King Institute of Preventive Medicine Bacteriolog. Section reports 1907-08
Year: 1907
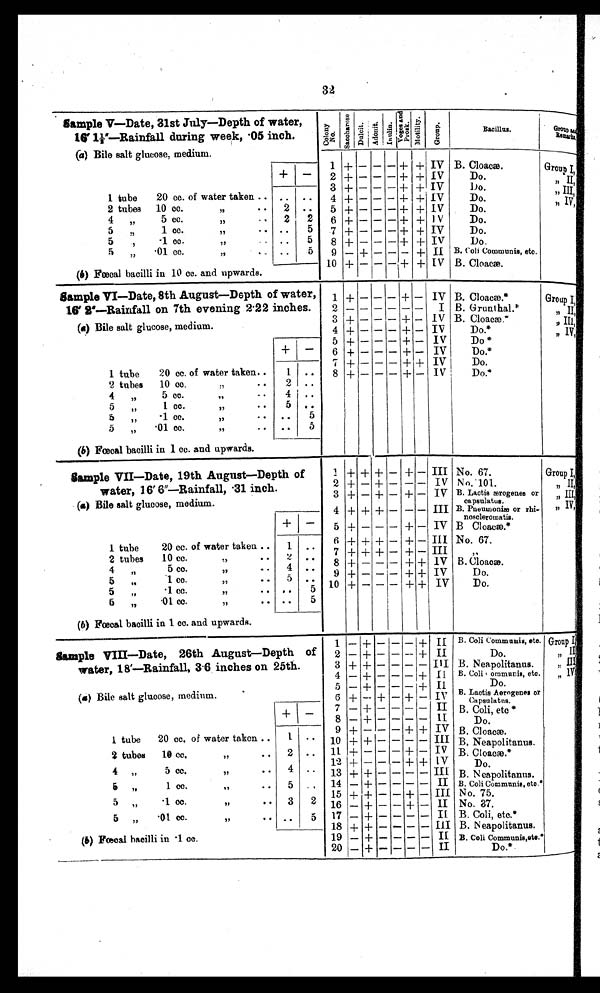
Sample V--Date, 31st July—Depth of water,
16′ 1 ½″—Rainfall during week, •05 inch.
(a) Bile salt glucose, medium.
C o l o n y
N o .
S a c c h a r o s e
Dulcit.
A d o o n t
I n u l i n .
P & V
M o t i l i t y
Bacillus.
Group
R e m a r k s
1
2
-1-
+
—
—
— —
— —+
+ +
+
IV
IV
B. Cloacæ.
Do.
Group I,
1 tube
20 cc. of water taken ..
2 tubes
10 cc.
,,
• •
3
4
5
+
+
+
—
—
—
— —
— —
—
+
-I--
+
+
+
+
IV
IV
IV
D o .
Do.
Do.,,
II,
,,I I I ,
, ,
IV,
..
2
..
. .
4
„
5 cc.
,,
-•
2
2
6 -1- — — —+ + IV
Do.
5
,,
1 cc.
, ,
• •
. .
5
.7 + — — — + + IV
Do.
5
,
1 cc.
,,
• •
5
8 + — — —+ + IV
Do.
5
„
• 01 cc.
,,
• -
. .
5
9 — + — — — + II B. Coli Communis, etc.
10 + — — — + -1- IV B. Cloaca.
(b) Fœcal bacilli in 10 cc. and upwards.
Sample VI—Date, 8th August—Depth of water,
16' 2—Rainfall on 7th evening 2 .22 inches.
1
2
+ — - _ + — IV
I
B. Cloacæ
B. Grunthal.*
Group I ,
II
3 + — — — + — IV B. Cloaca
,, III
() Bile salt glucose, medium.
4 + — — — -1- — Iv
Do. *
IV,
5 +--- +— IV
Do*
, ,
+ —
6 +-----1- -- IV
Do.*
7 +--- ++ IV
Do.
1 tube
20 cc. of water taken..
1 ..
8 + — — — + — IV
Do.*
2 tubes
10 cc.
:1
• •
2 . .
4
„
5 cc.
,,
• •
4 ..
5
, 1
1 cc.
,,
—
5 ..
5
„
.1 cc.
,,
.. • •
5
5
„
.01 cc.
,, • . ..
5
(b) Fœcal bacilli in 1 cc. and upwards.
S ample VII—Date, 19th August—Depth of
1 + + + — + — III No. 67.
Group I,
water, 16
′ 6 ″
— R a i n f a l l ,
3 1 i n c h .
(a) Bile salt glucose, medium.
2
3
4
+
+
+
—
—
+
+ —
+ —
-1- —
— —
+ —
— —
IV
IV
III
No.101.
B. Lactis æærogenes or
capsulatus.
B. Pneumonia or rhi•
noscleromatis. , ,
II,
III ,,,
,, IV,
5 + — — — -1- — IV B Cloacæ.*
1 tube
20 cc. of water taken ..
1 ..
6 + + + — + — III No. 67.
2tubes
10 cc.
,,
,,
4
5 cc.
,,
..
/
:.?
4
5
..
..
7
8
9
+
+
+
+
—
—
+ —
— —
— —
+ —
+ +
+ +
III
IV
IV
,,
B. Cloaca).
Do.
5
..
1 cc.
,,
.
5
• 1 cc.
,,
..
.
5 10 + — — — + + IV
Do.
6
„
.01 cc.
,,
• •
..
5
(b) Fœcal bacilli in 1 cc. and upwards.
1 — + — — — + II B. Coll Communia, etc. Group I,
ample VIII—Date, 26th August—Depth of 2 — + — — -- + II
Do.
, ,
lr
water, 18 ′—Rainfall, 3.6 inches on 25th.
3
4
+
—
+
+
— —
— —
— —
— +
DI
11
B. Neapolitanus.
B. Coli • ommunis, eta.
„ II
, ,
IV
5
--
+ II
Do.
(a) Bile salt glucose, medium.
6
7
+
—
__
+
+ —
— —
+ _
— —
i v
II
B. Lactis Aerogences or
B. Coli, etc.*
+ —
8 — + — — — — II
Do.
9 + — — — + + IV B.
1 tube
20 cc. of water taken ,,
1
. .
10 + + — — — — III B. Neapolitanus.
2 tubes
19 cc.
..
2 ..
11 + — — — + — IV B. Cloa
Cloaca).
ca).*
4
12 + —
- + + IV
Do.
4 ,,
5 cc.
,, . ..
.. 13 + + — — — — III B. N eapolitanus.
5 ,,
1 cc.
,,
..
5 . , 14
15
— + — —
--
— —
+—
II
III
B. Coli Communis, etc.*
N O. 75.
5 „
.11. cc.
,, •
3
2 16 —
-- +— II No. 87.
5 „
01 cc.
,,
. . ..
5 17 — + — — — — II B. Coli, etc.*
18 + -1- — — — III B. Neapolitanus.
(b) Fœcal bacilli in • 1 cc.
19
20
— +
— +
— —
—
— —
— —
II
II
B. Coli Communis,etc.*
Do.*